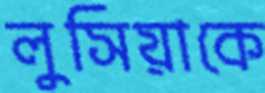
লুসিয়াকে